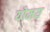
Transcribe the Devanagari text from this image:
योमय